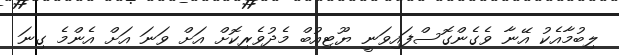
ލިބުމާއެކު އޭނާ ވެގެންގޮސްފައިވަނީ ޔޫޓިއުބް މެދުވެރިކޮށް އަށް ވަނަ އަށް އެންމެ ގިނަ